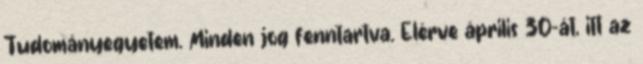
Tudományegyetem. Minden jog fenntartva. Elérve április 30-át, itt az